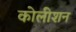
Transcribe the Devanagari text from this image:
कोलीशन